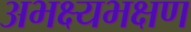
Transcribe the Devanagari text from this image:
अभक्ष्यभक्षण